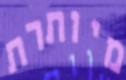
מיותרת